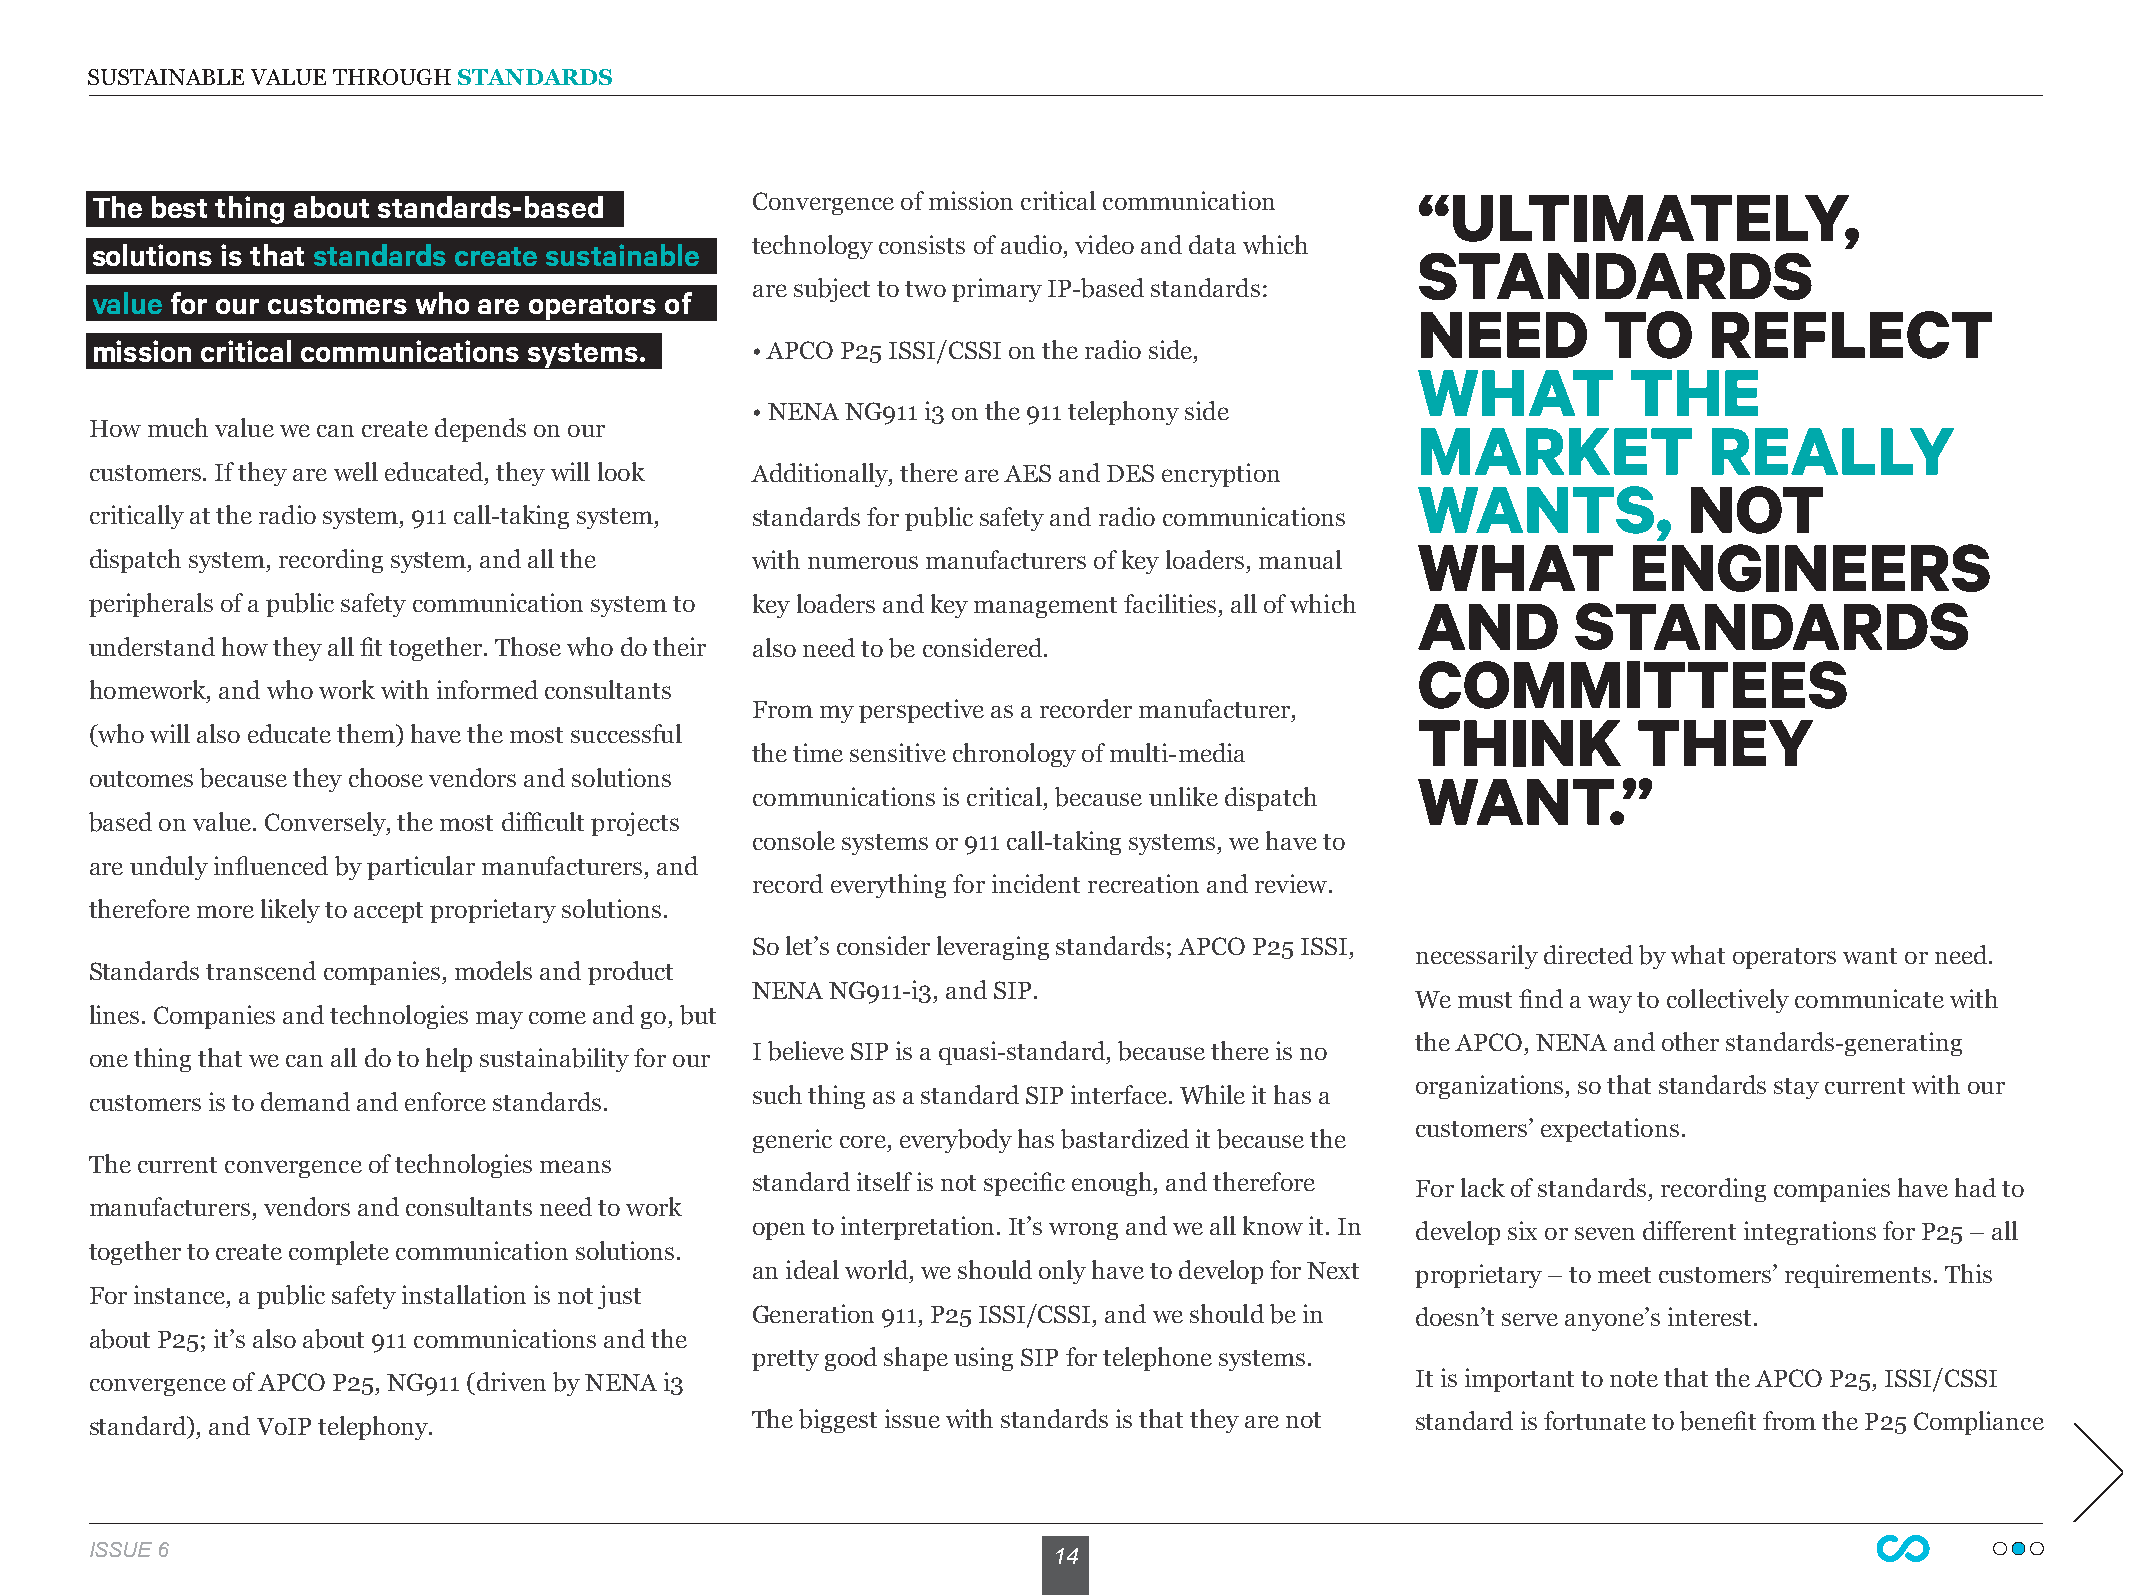
SUSTAINABLE VALUE THROUGH STANDARDS
 “ULTIMATELY,
 The best thing about standards-based        Convergence of mission critical communication
 solutions is that standards create sustainable technology consists of audio, video and data which STANDARDS
 are subject to two primary IP-based standards:
 value for our customers who are operators of
 NEED        TO     REFLECT
 mission critical communications systems.    • APCO P25 ISSI/CSSI on the radio side,
 WHAT          THE
 • NENA NG911 i3 on the 911 telephony side
 How much value we can create depends on our                                             MARKET             REALLY
 customers. If they are well educated, they will look Additionally, there are AES and DES encryption
 WANTS,            NOT
 critically at the radio system, 911 call-taking system, standards for public safety and radio communications
 WHAT          ENGINEERS
 dispatch system, recording system, and all the with numerous manufacturers of key loaders, manual
 peripherals of a public safety communication system to key loaders and key management facilities, all of which AND STANDARDS
 understand how they all fit together. Those who do their also need to be considered.
 COMMITTEES
 homework, and who work with informed consultants
 From my perspective as a recorder manufacturer,
 THINK         THEY
 (who will also educate them) have the most successful
 the time sensitive chronology of multi-media
 outcomes because they choose vendors and solutions                                      WANT.”
 communications is critical, because unlike dispatch
 based on value. Conversely, the most difficult projects
 console systems or 911 call-taking systems, we have to
 are unduly influenced by particular manufacturers, and
 record everything for incident recreation and review.
 therefore more likely to accept proprietary solutions.
 So let’s consider leveraging standards; APCO P25 ISSI,
 necessarily directed by what operators want or need.
 Standards transcend companies, models and product
 NENA NG911-i3, and SIP.
 We must find a way to collectively communicate with
 lines. Companies and technologies may come and go, but
 the APCO, NENA and other standards-generating
 I believe SIP is a quasi-standard, because there is no
 one thing that we can all do to help sustainability for our
 organizations, so that standards stay current with our
 such thing as a standard SIP interface. While it has a
 customers is to demand and enforce standards.
 customers’ expectations.
 generic core, everybody has bastardized it because the
 The current convergence of technologies means
 standard itself is not specific enough, and therefore For lack of standards, recording companies have had to
 manufacturers, vendors and consultants need to work
 open to interpretation. It’s wrong and we all know it. In develop six or seven different integrations for P25 – all
 together to create complete communication solutions.
 an ideal world, we should only have to develop for Next proprietary – to meet customers’ requirements. This
 For instance, a public safety installation is not just
 Generation 911, P25 ISSI/CSSI, and we should be in doesn’t serve anyone’s interest.
 about P25; it’s also about 911 communications and the
 pretty good shape using SIP for telephone systems.
 convergence of APCO P25, NG911 (driven by NENA i3                                       It is important to note that the APCO P25, ISSI/CSSI
 standard), and VoIP telephony.              The biggest issue with standards is that they are not standard is fortunate to benefit from the P25 Compliance
 ISSUE 6                                                         14